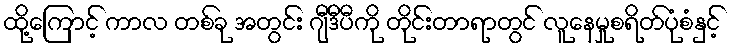
ထို့ကြောင့် ကာလ တစ်ခု အတွင်း ဂျီဒီပီကို တိုင်းတာရာတွင် လူနေမှုစရိတ်ပုံစံနှင့်